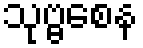
သုဗ္ဗစေန